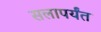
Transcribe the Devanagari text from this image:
सलापर्यंत